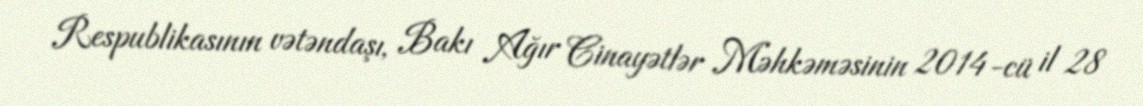
Respublikasının vətəndaşı, Bakı Ağır Cinayətlər Məhkəməsinin 2014-cü il 28